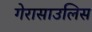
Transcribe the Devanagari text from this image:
गेरासाउलिस